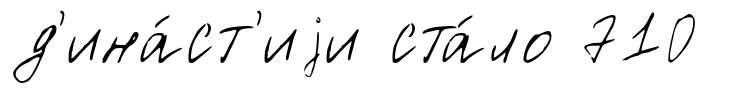
д'ина́ст'иjи ста́ло 710